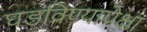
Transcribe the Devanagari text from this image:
घडविण्यापेक्षा